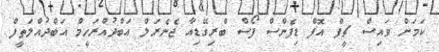
ކަމަށް ވައިސް ޗީފް އޮފް ޑިފެންސް ފޯސް ބްރިގޭޑިއާ ޖެނެރަލް އަބްދުއްރަހީމް އަބްދުއްލަތީފް